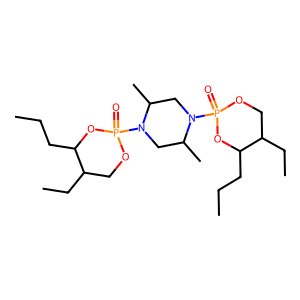
SMILES: CCCC1OP(=O)(N2CC(C)N(P3(=O)OCC(CC)C(CCC)O3)CC2C)OCC1CC
Inhibits HIV replication: No